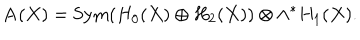
{ \bf A } ( X ) = \mathrm { S y m } ( H _ { 0 } ( X ) \oplus H _ { 2 } ( X ) ) \otimes \wedge ^ { * } H _ { 1 } ( X ) .